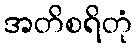
အတိစရိတုံ